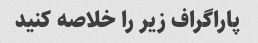
پاراگراف زیر را خلاصه کنید